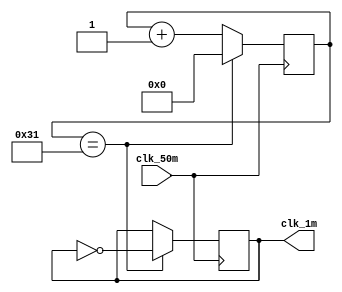
module clock_1mhz (
    input clk_50m,
    output reg clk_1m
);

parameter COUNT_MAX = 50; // 50MHz / 50 = 1MHz

reg [5:0] count = 0;

always @(posedge clk_50m) begin
    if (count == COUNT_MAX - 1) begin
        count <= 0;
        clk_1m <= ~clk_1m; // toggle every COUNT_MAX cycles
    end
    else begin
        count <= count + 1;
    end
end

endmodule